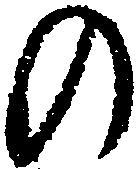
の